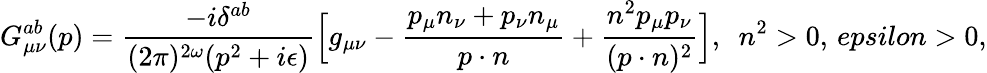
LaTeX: G_{\mu\nu}^{ab}(p)=\frac{-i\delta^{ab}}{(2\pi)^{2\omega}(p^{2}+i\epsilon)}\Big[g_{\mu\nu}-\frac{p_{\mu}n_{\nu}+p_{\nu}n_{\mu}}{p\cdot n}+\frac{n^{2}p_{\mu}p_{\nu}}{(p\cdot n)^{2}}\Big],\ \ n^{2}>0,\, epsilon>0,